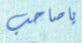
ياصاحب